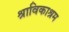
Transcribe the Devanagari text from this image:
श्राविकाश्रम